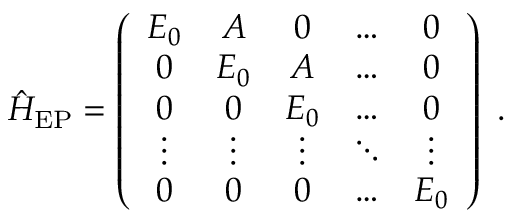
\hat { H } _ { \mathrm { E P } } = \left( \begin{array} { c c c c c } { E _ { 0 } } & { A } & { 0 } & { \ldots } & { 0 } \\ { 0 } & { E _ { 0 } } & { A } & { \ldots } & { 0 } \\ { 0 } & { 0 } & { E _ { 0 } } & { \ldots } & { 0 } \\ { \vdots } & { \vdots } & { \vdots } & { \ddots } & { \vdots } \\ { 0 } & { 0 } & { 0 } & { \ldots } & { E _ { 0 } } \end{array} \right) \ .